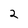
Character: 2